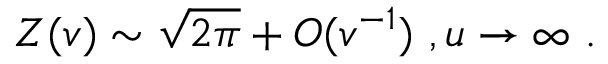
Z ( v ) \sim \sqrt { 2 \pi } + O ( v ^ { - 1 } ) \ , u \rightarrow \infty \ .